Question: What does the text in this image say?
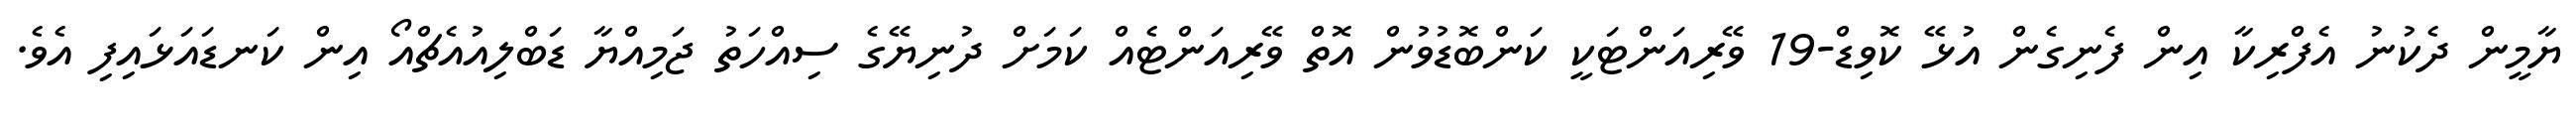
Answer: ޔާމީން ދެކުނު އެފްރިކާ އިން ފެނިގެން އުޅޭ ކޮވިޑް-19 ވޭރިއަންޓަކީ ކަންބޮޑުވުން އޮތް ވޭރިއަންޓެއް ކަމަށް ދުނިޔޭގެ ސިއްހަތު ޖަމިއްޔާ ޑަބްލިއުއެޗްއޯ އިން ކަނޑައަޅައިފި އެވެ.